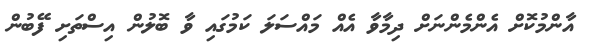
އާންމުކޮށް އެންމެންނަށް ދިމާވާ އެއް މައްސަލަ ކަމުގައި ވާ ބޮލުން އިސްތަށި ފޭބުން